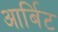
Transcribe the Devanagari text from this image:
आर्बिट